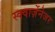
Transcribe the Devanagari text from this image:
स्क्वार्ज़ेनेजर